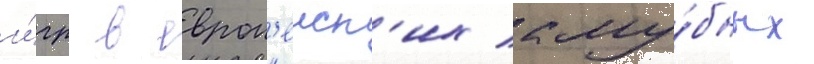
и́гр в европ'еиск'их клу́бных